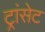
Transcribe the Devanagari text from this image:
ट्रांसेट